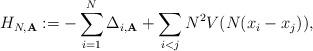
LaTeX: \begin{align*}H_{N,\mathbf{A}}:=-\sum_{i=1}^N\Delta_{i,\mathbf{A}}+\sum_{i<j}N^2V(N(x_i-x_j)),\end{align*}